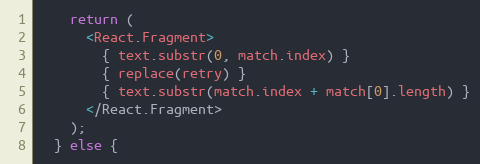
Language: JavaScript
    return (
      <React.Fragment>
        { text.substr(0, match.index) }
        { replace(retry) }
        { text.substr(match.index + match[0].length) }
      </React.Fragment>
    );
  } else {